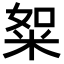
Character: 𥹡